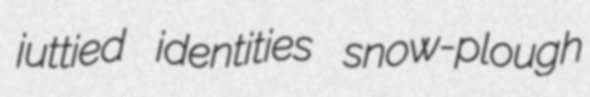
juttied identities snow-plough